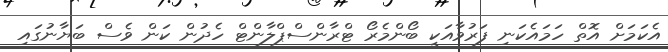
އެކަމަށް އޮތް ހަމައެކަނި ފަރުވާއަކީ ބޯންމެރޯ ޓްރާންސްޕްލާންޓް ހެދުން ކަން ވެސް ބަޔާނުގައި